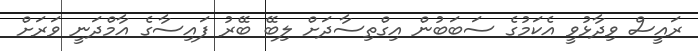
ރައީސް ވިދާޅުވީ އެކަމުގެ ސަބަބުން އިގްތިސާދަށް ލިބޭ ބޭރު ފައިސާގެ އާމްދަނީ ވަރަށް